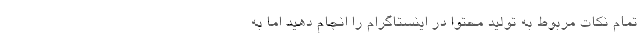
تمام نکات مربوط به تولید محتوا در اینستاگرام را انجام دهید اما به